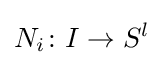
N_{i}\colon I\to S^{l}